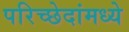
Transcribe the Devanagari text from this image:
परिच्छेदांमध्ये